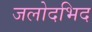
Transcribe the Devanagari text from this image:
जलोदभिद